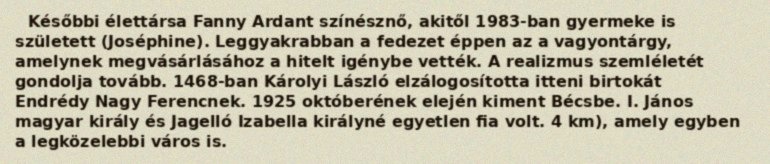
Későbbi élettársa Fanny Ardant színésznő, akitől 1983-ban gyermeke is született (Joséphine). Leggyakrabban a fedezet éppen az a vagyontárgy, amelynek megvásárlásához a hitelt igénybe vették. A realizmus szemléletét gondolja tovább. 1468-ban Károlyi László elzálogosította itteni birtokát Endrédy Nagy Ferencnek. 1925 októberének elején kiment Bécsbe. I. János magyar király és Jagelló Izabella királyné egyetlen fia volt. 4 km), amely egyben a legközelebbi város is.